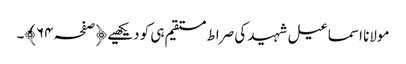
مولانا اسماعیل شہید کی صراط مستقیم ہی کو دیکھیے ﴿صفحہ ٦۴﴾۔